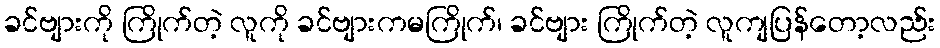
ခင်ဗျားကို ကြိုက်တဲ့ လူကို ခင်ဗျားကမကြိုက်၊ ခင်ဗျား ကြိုက်တဲ့ လူကျပြန်တော့လည်း